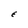
Character: E